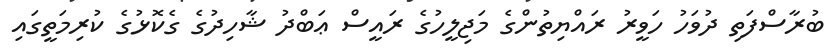
ބުރާސްފަތި ދުވަހު ހަވީރު ރައްޔިތުންގެ މަޖިލީހުގެ ރައީސް ޢަބްދު ޝާހިދުގެ ގެކޮޅުގެ ކުރިމަތީގައި